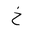
Letter: _kha